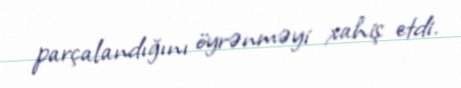
parçalandığını öyrənməyi xahiş etdi.